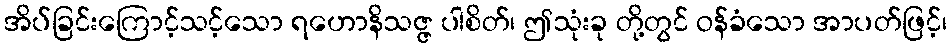
အိပ်ခြင်းကြောင့်သင့်သော ရဟောနိသဇ္ဇ ပါစိတ်၊ ဤသုံးခု တို့တွင် ဝန်ခံသော အာပတ်ဖြင့်၊